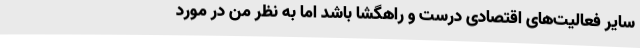
سایر فعالیت‌های اقتصادی درست و راهگشا باشد اما به نظر من در مورد